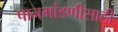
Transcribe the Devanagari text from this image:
पानमांडणीसाठी